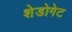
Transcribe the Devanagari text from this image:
शेडोगेट